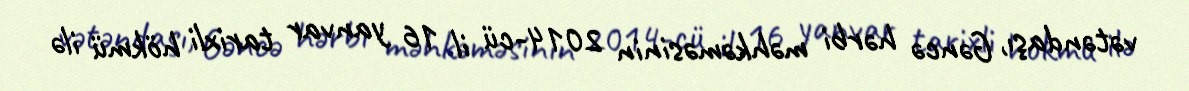
vətəndaşı, Gəncə hərbi məhkəməsinin 2014-cü il 16 yanvar tarixli hökmü ilə